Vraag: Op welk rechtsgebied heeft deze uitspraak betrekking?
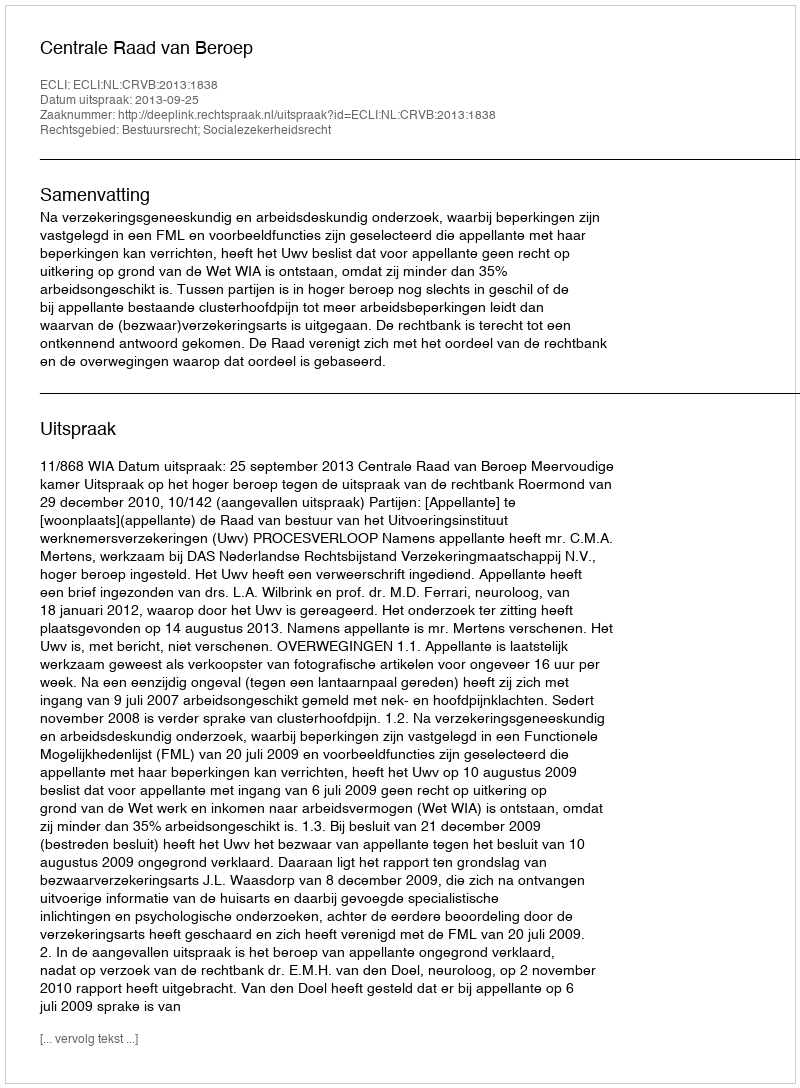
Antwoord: Bestuursrecht; Socialezekerheidsrecht